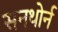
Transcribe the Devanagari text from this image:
सनथोर्न